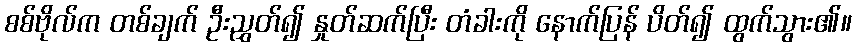
စစ်ဗိုလ်က တစ်ချက် ဦးညွှတ်၍ နှုတ်ဆက်ပြီး တံခါးကို နောက်ပြန် ပိတ်၍ ထွက်သွား၏။